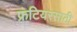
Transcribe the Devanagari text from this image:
फ्रंटियरसाठी